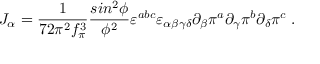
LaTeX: { \cal J } _ { \alpha } = \frac { 1 } { 7 2 \pi ^ { 2 } f _ { \pi } ^ { 3 } } \frac { s i n ^ { 2 } \phi } { \phi ^ { 2 } } \varepsilon ^ { a b c } \varepsilon _ { \alpha \beta \gamma \delta } \partial _ { \beta } \pi ^ { a } \partial _ { \gamma } \pi ^ { b } \partial _ { \delta } \pi ^ { c } \; .